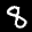
Label: 8